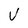
Character: V